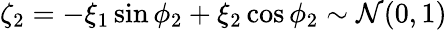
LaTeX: \zeta_{2}=-\xi_{1}\sin\phi_{2}+\xi_{2}\cos\phi_{2}\sim\mathcal{N}(0,1)